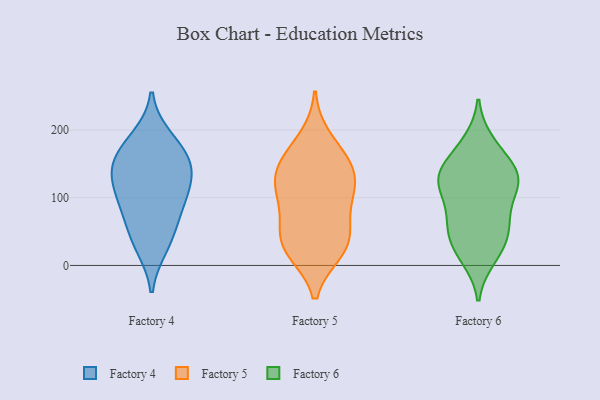
{"axis": {"x": "Active Users", "y": "Value"}, "legend": ["Factory 4", "Factory 5", "Factory 6"], "data": [{"x": "", "y": 151, "type": "Factory 4"}, {"x": "", "y": 83, "type": "Factory 4"}, {"x": "", "y": 47, "type": "Factory 4"}, {"x": "", "y": 91, "type": "Factory 4"}, {"x": "", "y": 124, "type": "Factory 4"}, {"x": "", "y": 120, "type": "Factory 4"}, {"x": "", "y": 28, "type": "Factory 4"}, {"x": "", "y": 149, "type": "Factory 4"}, {"x": "", "y": 168, "type": "Factory 4"}, {"x": "", "y": 188, "type": "Factory 4"}, {"x": "", "y": 48, "type": "Factory 5"}, {"x": "", "y": 105, "type": "Factory 5"}, {"x": "", "y": 22, "type": "Factory 5"}, {"x": "", "y": 48, "type": "Factory 5"}, {"x": "", "y": 188, "type": "Factory 5"}, {"x": "", "y": 114, "type": "Factory 5"}, {"x": "", "y": 153, "type": "Factory 5"}, {"x": "", "y": 94, "type": "Factory 5"}, {"x": "", "y": 58, "type": "Factory 5"}, {"x": "", "y": 117, "type": "Factory 5"}, {"x": "", "y": 147, "type": "Factory 5"}, {"x": "", "y": 21, "type": "Factory 5"}, {"x": "", "y": 20, "type": "Factory 5"}, {"x": "", "y": 133, "type": "Factory 5"}, {"x": "", "y": 160, "type": "Factory 5"}, {"x": "", "y": 133, "type": "Factory 6"}, {"x": "", "y": 183, "type": "Factory 6"}, {"x": "", "y": 126, "type": "Factory 6"}, {"x": "", "y": 42, "type": "Factory 6"}, {"x": "", "y": 117, "type": "Factory 6"}, {"x": "", "y": 71, "type": "Factory 6"}, {"x": "", "y": 50, "type": "Factory 6"}, {"x": "", "y": 13, "type": "Factory 6"}, {"x": "", "y": 59, "type": "Factory 6"}, {"x": "", "y": 109, "type": "Factory 6"}, {"x": "", "y": 92, "type": "Factory 6"}, {"x": "", "y": 135, "type": "Factory 6"}, {"x": "", "y": 59, "type": "Factory 6"}, {"x": "", "y": 179, "type": "Factory 6"}, {"x": "", "y": 137, "type": "Factory 6"}, {"x": "", "y": 28, "type": "Factory 6"}, {"x": "", "y": 150, "type": "Factory 6"}, {"x": "", "y": 144, "type": "Factory 6"}, {"x": "", "y": 113, "type": "Factory 6"}, {"x": "", "y": 10, "type": "Factory 6"}]}